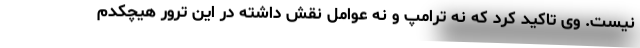
نیست. وی تاکید کرد که نه ترامپ و نه عوامل نقش داشته در این ترور هیچکدم